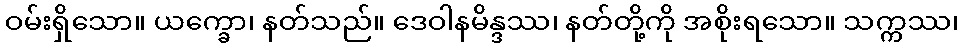
ဝမ်းရှိသော။ ယက္ခော၊ နတ်သည်။ ဒေဝါနမိန္ဒဿ၊ နတ်တို့ကို အစိုးရသော။ သက္ကဿ၊